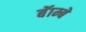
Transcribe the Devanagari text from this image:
बॅाम्बे